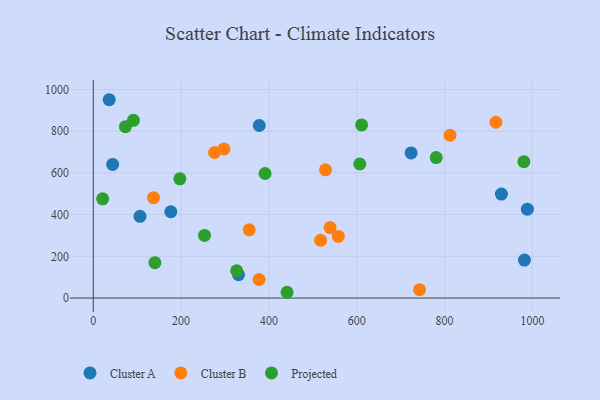
{"axis": {"x": "Speed", "y": "Yield"}, "legend": ["Cluster A", "Cluster B", "Projected"], "data": [{"x": "44.1", "y": 640.5, "type": "Cluster A"}, {"x": "723.8", "y": 695.8, "type": "Cluster A"}, {"x": "106.4", "y": 392.0, "type": "Cluster A"}, {"x": "378.0", "y": 827.2, "type": "Cluster A"}, {"x": "330.7", "y": 112.0, "type": "Cluster A"}, {"x": "929.5", "y": 498.3, "type": "Cluster A"}, {"x": "36.3", "y": 950.8, "type": "Cluster A"}, {"x": "988.6", "y": 425.9, "type": "Cluster A"}, {"x": "176.6", "y": 413.8, "type": "Cluster A"}, {"x": "981.9", "y": 181.9, "type": "Cluster A"}, {"x": "137.2", "y": 481.3, "type": "Cluster B"}, {"x": "297.7", "y": 714.9, "type": "Cluster B"}, {"x": "276.2", "y": 697.8, "type": "Cluster B"}, {"x": "812.5", "y": 780.6, "type": "Cluster B"}, {"x": "377.6", "y": 88.9, "type": "Cluster B"}, {"x": "743.1", "y": 39.9, "type": "Cluster B"}, {"x": "558.1", "y": 295.4, "type": "Cluster B"}, {"x": "528.8", "y": 614.9, "type": "Cluster B"}, {"x": "917.0", "y": 842.8, "type": "Cluster B"}, {"x": "517.8", "y": 277.1, "type": "Cluster B"}, {"x": "539.3", "y": 337.9, "type": "Cluster B"}, {"x": "355.1", "y": 326.9, "type": "Cluster B"}, {"x": "607.0", "y": 642.7, "type": "Projected"}, {"x": "253.4", "y": 300.4, "type": "Projected"}, {"x": "91.5", "y": 852.1, "type": "Projected"}, {"x": "326.6", "y": 130.8, "type": "Projected"}, {"x": "73.2", "y": 821.7, "type": "Projected"}, {"x": "781.0", "y": 673.4, "type": "Projected"}, {"x": "21.3", "y": 475.8, "type": "Projected"}, {"x": "441.3", "y": 27.7, "type": "Projected"}, {"x": "197.2", "y": 571.4, "type": "Projected"}, {"x": "980.6", "y": 653.7, "type": "Projected"}, {"x": "391.2", "y": 597.2, "type": "Projected"}, {"x": "140.4", "y": 169.6, "type": "Projected"}, {"x": "611.1", "y": 829.9, "type": "Projected"}]}